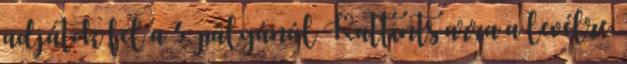
adjátok fel a 3. pályánál Kattints arra a levélre,